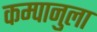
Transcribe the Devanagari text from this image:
कम्पानुला